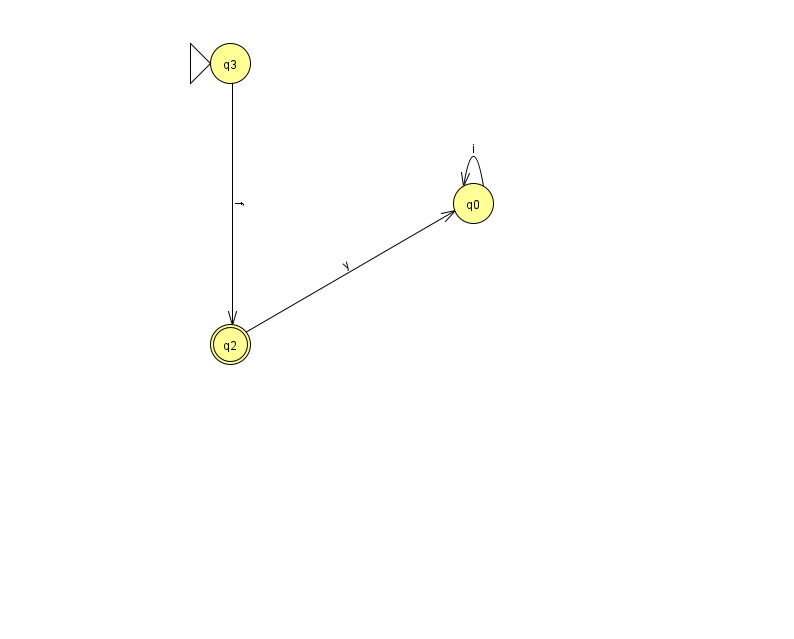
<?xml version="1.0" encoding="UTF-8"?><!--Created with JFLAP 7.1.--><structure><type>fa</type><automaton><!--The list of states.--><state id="0" name="q0"><x>473.0</x><y>190.0</y></state><state id="2" name="q2"><x>230.0</x><y>331.0</y><final/></state><state id="3" name="q3"><x>230.0</x><y>50.0</y><initial/></state><!--The list of transitions.--><transition><from>3</from><to>2</to><read>f</read></transition><transition><from>0</from><to>0</to><read>i</read></transition><transition><from>2</from><to>0</to><read>y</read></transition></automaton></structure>